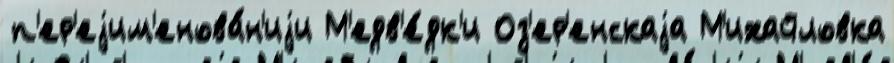
п'ер'еjим'енова́н'иjи М'едв'е́дк'и Оз'ер'енскаjа М'ихайловка